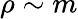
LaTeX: \rho\sim m